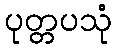
ပုတ္တပသုံ